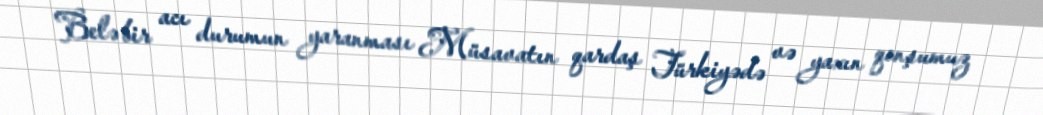
Belə bir acı durumun yaranması Müsavatın qardaş Türkiyədə və yaxın qonşumuz